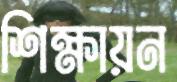
শিক্ষায়ন